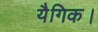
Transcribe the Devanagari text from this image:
यैगिक।